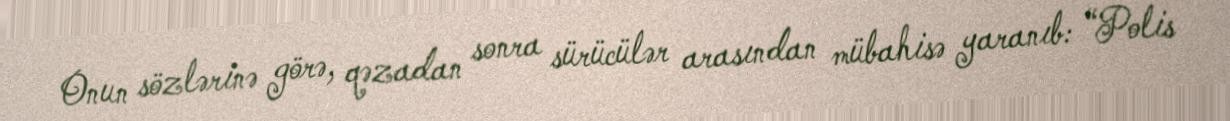
Onun sözlərinə görə, qəzadan sonra sürücülər arasından mübahisə yaranıb: “Polis